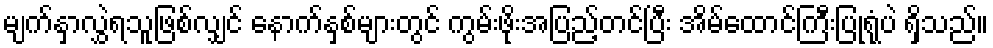
မျက်နှာလွှဲရသူဖြစ်လျှင် နောက်နှစ်များတွင် ကွမ်းဖိုးအပြည့်တင်ပြီး အိမ်ထောင်ကြီးပြုရုံပဲ ရှိသည်။